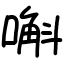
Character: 嘝